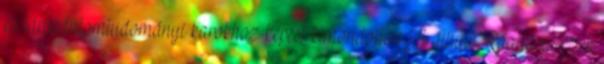
és társadalomtudományi karokhoz képest kimondottan jól állunk. Ráadásul ezek